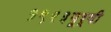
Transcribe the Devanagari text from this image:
१९२३पूर्वी